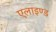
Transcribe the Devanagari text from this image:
एलाइण्ड